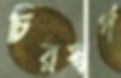
চিরস্বর্গ